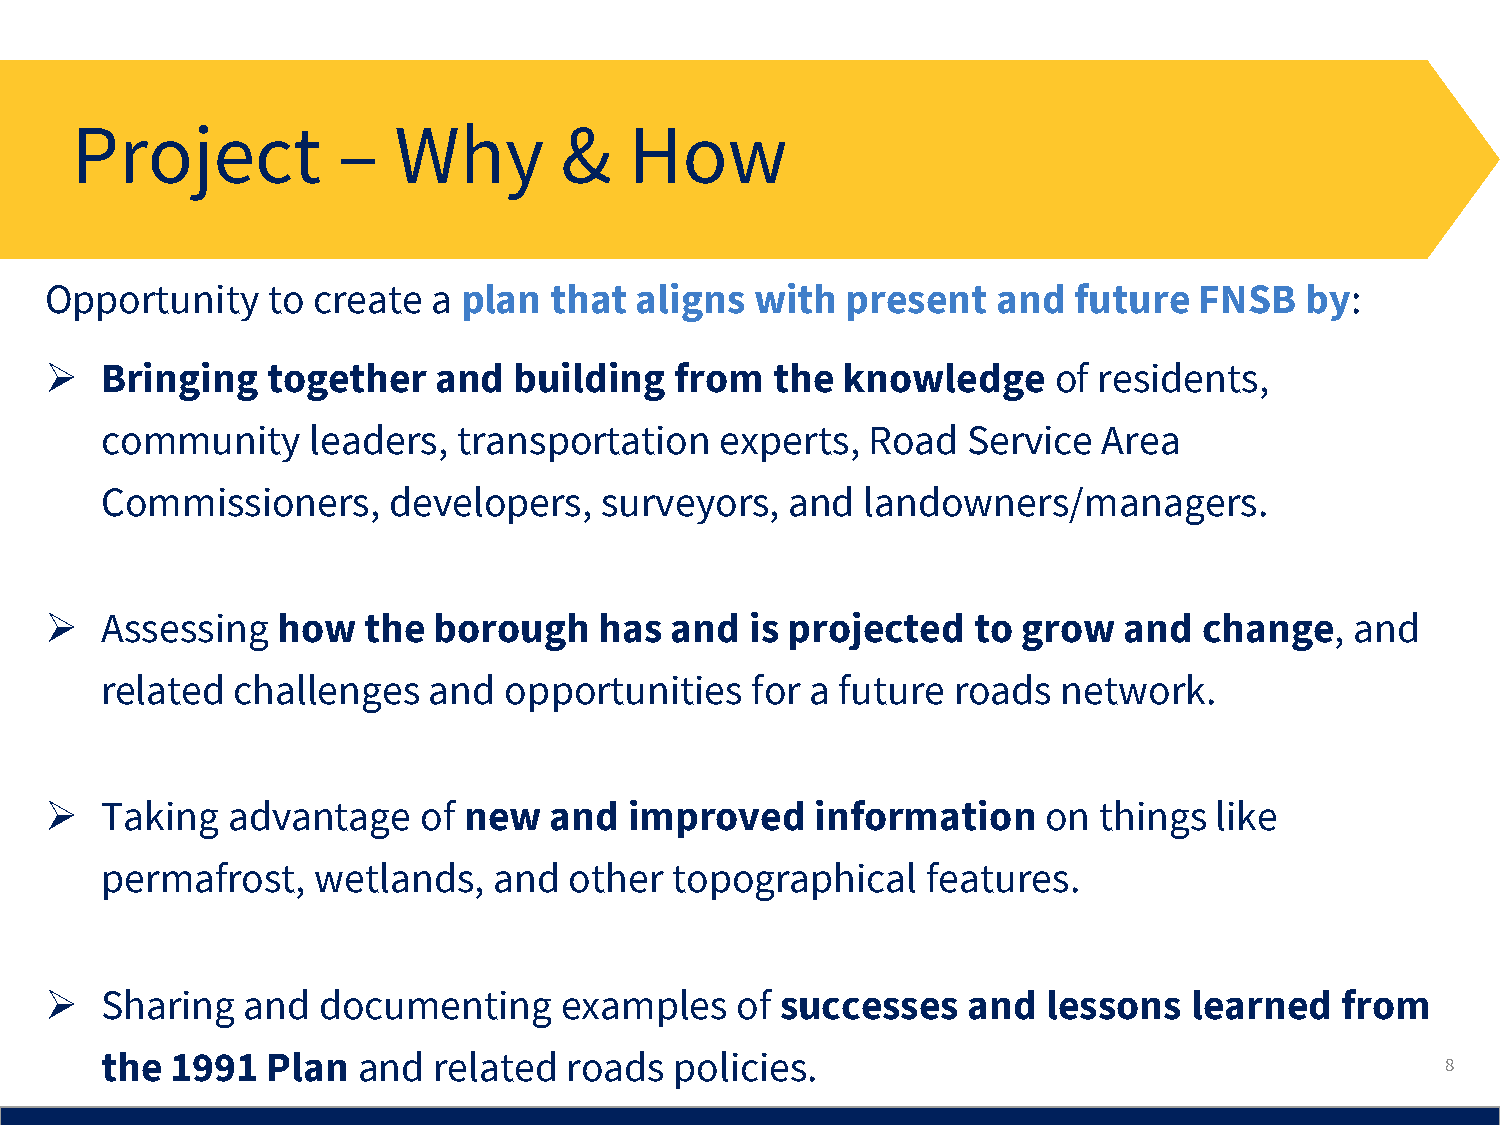
Project          –   Why        &    How
 Opportunity    to create  a plan that  aligns  with  present   and  future  FNSB   by:
    Bringing   together   and  building   from  the  knowledge     of residents,
 community     leaders, transportation    experts, Road   Service  Area
 Commissioners,     developers,   surveyors,  and  landowners/managers.
    Assessing  how   the  borough    has and   is projected  to  grow  and   change,   and
 related  challenges  and  opportunities    for a future roads  network.
    Taking  advantage    of new  and   improved    information    on  things like
 permafrost,   wetlands,   and  other topographical    features.
    Sharing  and  documenting     examples    of successes   and  lessons   learned   from
 the 1991   Plan  and  related roads   policies.                                          8